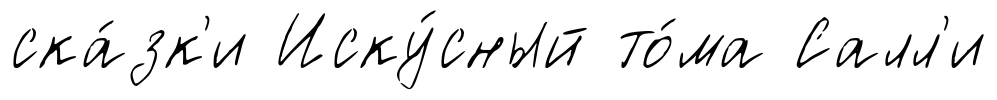
ска́зк'и Иску́сный то́ма Салл'и